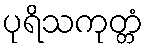
ပုရိသကုတ္တံ